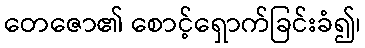
တေဇော၏ စောင့်ရှောက်ခြင်းခံ၍၊